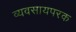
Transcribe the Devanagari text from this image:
व्यवसायपरक